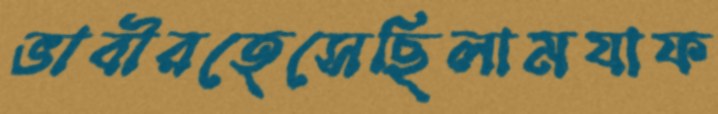
ভাবীরহেসেছিলামযাফ